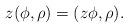
LaTeX: \begin{align*}z (\phi,\rho) = (z \phi,\rho) . \end{align*}